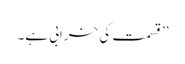
’’ قسمت کی خرابی ہے۔